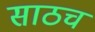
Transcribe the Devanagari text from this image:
साठच